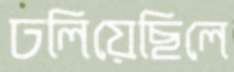
ঢলিয়েছিলে